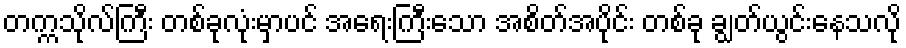
တက္ကသိုလ်ကြီး တစ်ခုလုံးမှာပင် အရေးကြီးသော အစိတ်အပိုင်း တစ်ခု ချွတ်ယွင်းနေသလို